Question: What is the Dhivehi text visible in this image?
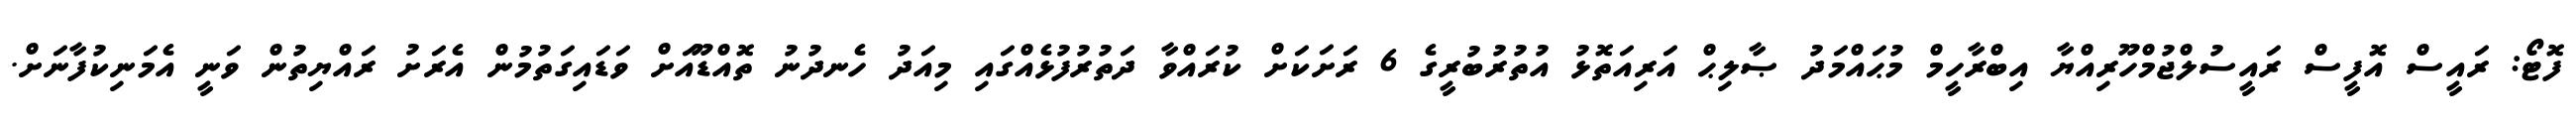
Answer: ފޮޓޯ: ރައީސް އޮފީސް ރައީސުލްޖުމްހޫރިއްޔާ އިބްރާހީމް މުޙައްމަދު ޞާލިޙް އަރިއަތޮޅު އުތުރުބުރީގެ 6 ރަށަކަށް ކުރައްވާ ދަތުރުފުޅެއްގައި މިއަދު ހެނދުނު ތޮއްޑޫއަށް ވަޑައިގަތުމުން އެރަށު ރައްޔިތުން ވަނީ އެމަނިކުފާނަށް.